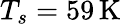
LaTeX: T_{s}=59\, \mathrm{K}